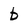
Character: b